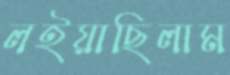
লইয়াছিলাম